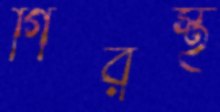
গিরস্থ